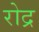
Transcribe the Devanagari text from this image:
रोद्र